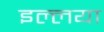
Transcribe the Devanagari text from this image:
इल्लया